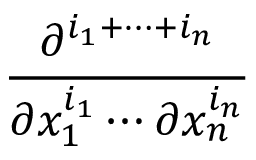
\frac { \partial ^ { i _ { 1 } + \cdots + i _ { n } } } { \partial x _ { 1 } ^ { i _ { 1 } } \cdots \partial x _ { n } ^ { i _ { n } } }